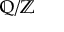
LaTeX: \mathbb { Q } / \mathbb { Z }